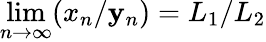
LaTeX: \lim\limits_{n\rightarrow\infty}(x_{n}/\mathbf{y}_{n})=L_{1}/L_{2}